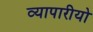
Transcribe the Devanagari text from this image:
व्यापारीयो